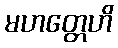
မဟတ္တေဟိ